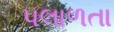
પલાળતા